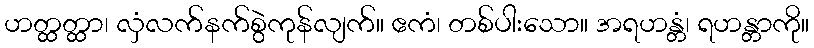
ဟတ္ထတ္ထာ၊ လှံလက်နက်စွဲကုန်လျက်။ ဧကံ၊ တစ်ပါးသော။ အရဟန္တံ၊ ရဟန္တာကို။